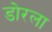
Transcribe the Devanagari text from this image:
डोरला